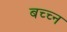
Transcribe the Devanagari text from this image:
बच्च्न